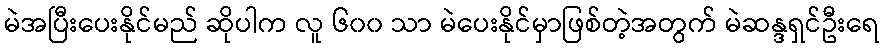
မဲအပြီးပေးနိုင်မည် ဆိုပါက လူ ၆၀၀ သာ မဲပေးနိုင်မှာဖြစ်တဲ့အတွက် မဲဆန္ဒရှင်ဦးရေ